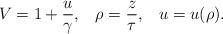
LaTeX: \begin{align*}V=1+{u\over\gamma},\;\;\;\rho={z\over\tau},\;\;\;u=u(\rho).\end{align*}